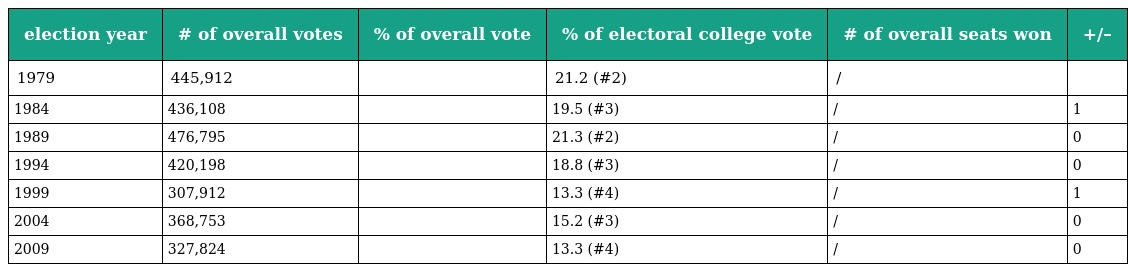
| election year | # of overall votes | % of overall vote | % of electoral college vote | # of overall seats won | +/– |
 | --- | --- | --- | --- | --- | --- |
 | 1979 | 445,912 |  | 21.2 (#2) | / |  |
 | 1984 | 436,108 |  | 19.5 (#3) | / | 1 |
 | 1989 | 476,795 |  | 21.3 (#2) | / | 0 |
 | 1994 | 420,198 |  | 18.8 (#3) | / | 0 |
 | 1999 | 307,912 |  | 13.3 (#4) | / | 1 |
 | 2004 | 368,753 |  | 15.2 (#3) | / | 0 |
 | 2009 | 327,824 |  | 13.3 (#4) | / | 0 |